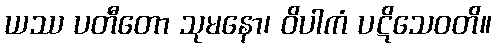
ယဿ ပတီတော သုမနော၊ ဝိပါကံ ပဋိသေဝတိ။